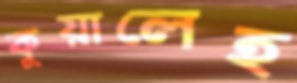
কুয়ালেহ